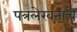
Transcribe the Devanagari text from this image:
पत्रलेखनाचे